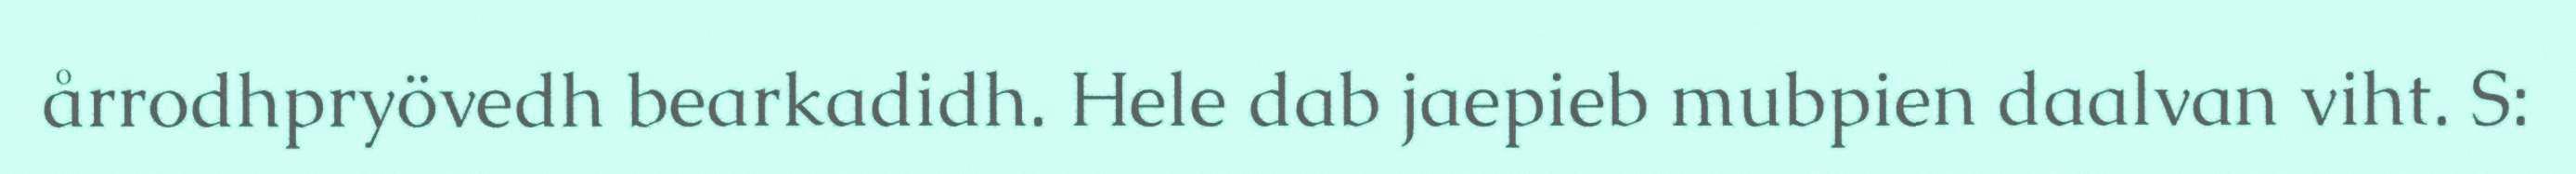
årrodhpryövedh bearkadidh. Hele dab jaepieb mubpien daalvan viht. S: